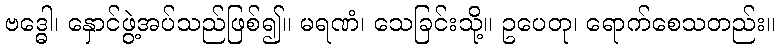
ဗဒ္ဓေါ၊ နှောင်ဖွဲ့အပ်သည်ဖြစ်၍။ မရဏံ၊ သေခြင်းသို့။ ဥပေတု၊ ရောက်စေသတည်း။